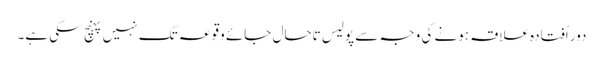
دور اُفتادہ علاقہ ہونے کی وجہ سے پولیس تاحال جائے وقوعہ تک نہیں پہنچ سکی ہے۔